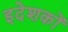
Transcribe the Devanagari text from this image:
इदेशकों